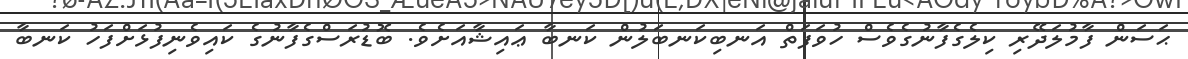
ޙަސަން ފާމުލަދޭރި ކިލެގެފާނުގެވެސް ހުވަފަތް އަނބިކަނބަލުން ކަނބާ ޢައިޝާއަށެވެ. ބޮޑުރަސްގެފާނުގެ ކައިވެނިފުޅަށްފަހު ކަނބާ